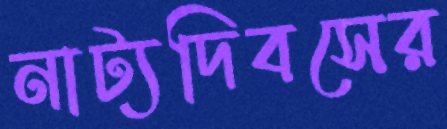
নাট্যদিবসের